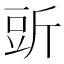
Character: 𧯞